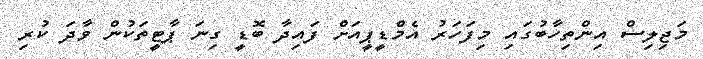
މަޖިލިސް އިންތިހާބުގައި މިފަހަރު އެމްޑީޕީއަށް ފައިދާ ބޮޑީ ގިނަ ޕާޓީތަކުން ވާދަ ކުރި